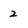
Character: 2